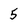
Character: 5